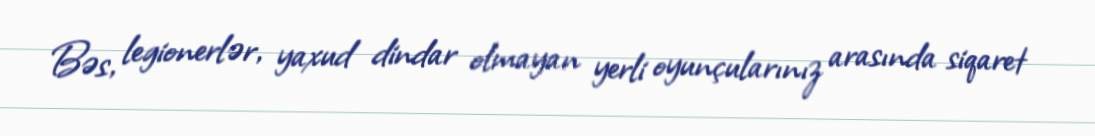
Bəs, legionerlər, yaxud dindar olmayan yerli oyunçularınız arasında siqaret